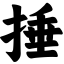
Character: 捶